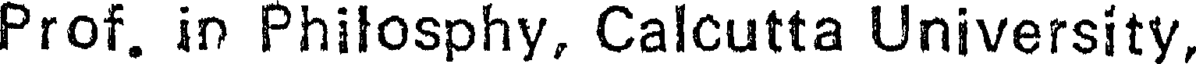
Prof. in Philosphy, Calcutta University,